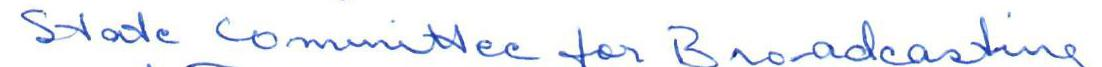
State Committee for Broadcasting